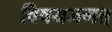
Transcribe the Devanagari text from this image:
विषयजगत्